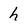
Character: h